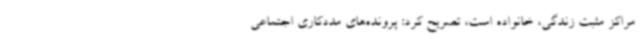
مراکز مثبت زندگی، خانواده است، تصریح کرد: پرونده‌های مددکاری اجتماعی